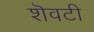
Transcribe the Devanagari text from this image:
शॆवटी